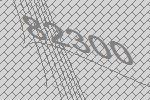
82300